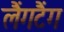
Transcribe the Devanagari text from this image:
लैंगटैंग